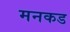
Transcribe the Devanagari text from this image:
मनकड